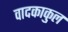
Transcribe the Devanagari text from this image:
वादकाकुल